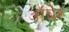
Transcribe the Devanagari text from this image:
ऑबेर